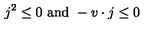
j ^ { 2 } \leq 0 \ \mathrm { a n d } \ - v \cdot j \leq 0